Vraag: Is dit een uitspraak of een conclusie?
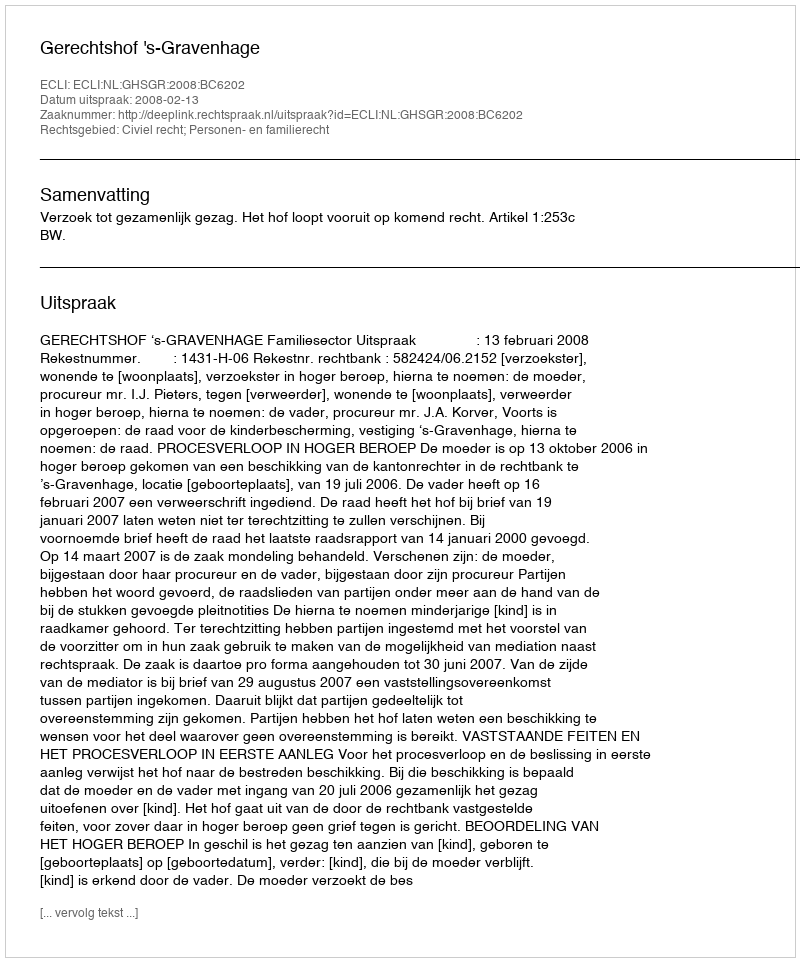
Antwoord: Uitspraak